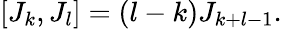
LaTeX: [J_{k},J_{l}]=(l-k)J_{k+l-1}.